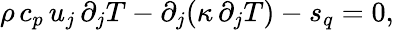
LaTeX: \rho\, c_{p}\, u_{j}\, \partial_{j}T-\partial_{j}(\kappa\, \partial_{j}T)-s_{q}=0,